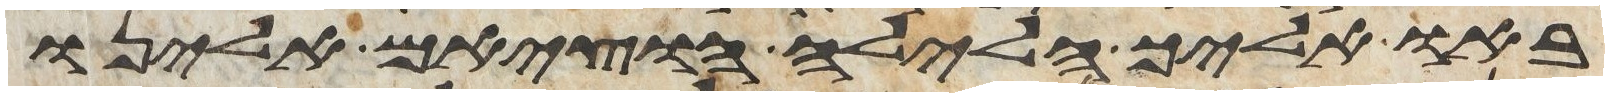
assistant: באו אליך הלילה הוציאם אלינו